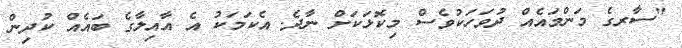
"ސާރގެ މަންމައެއް ދުވަހަކުވެސް މިކޮޅަކަށް ނާދެ. އެކަމަކު އެ އާއިލާގެ ބައެއް ކުދިން